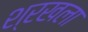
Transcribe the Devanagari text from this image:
श्रखला